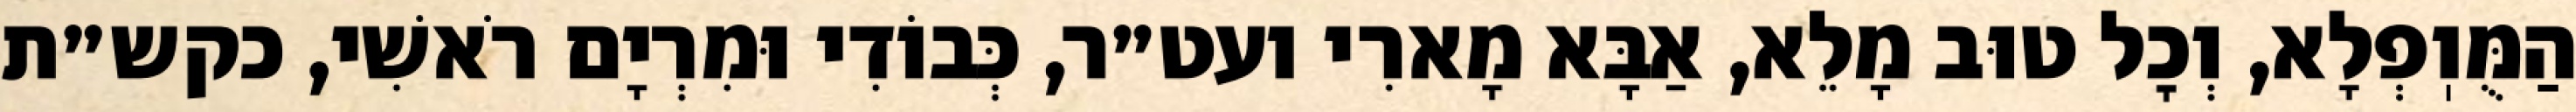
הַמֻּוֽפְלָא, וְכׇל טוּב מָלֵא, אַבָּא מָארִי ועט״ר, כְּבוֹדִי וּמִרְיָם רֹאשִׁי, כקש״ת